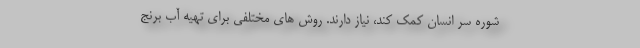
شوره سر انسان کمک کند، نیاز دارند. روش های مختلفی برای تهیه آب برنج